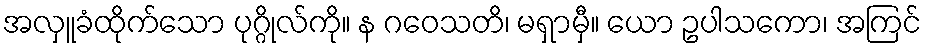
အလှူခံထိုက်သော ပုဂ္ဂိုလ်ကို။ န ဂဝေသတိ၊ မရှာမှီ။ ယော ဥပါသကော၊ အကြင်